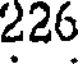
226